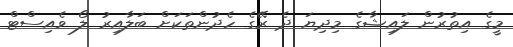
މީގެ އިތުރުން ލައިޝާގެ މިދިޔަ ދެ ރޭގެ ހެދުންތަކަށް ބަލާއިރު ލޯ ވެއިސްޓް